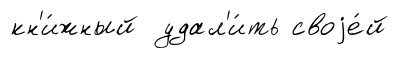
кн'и́жный удал'и́ть своjе́й